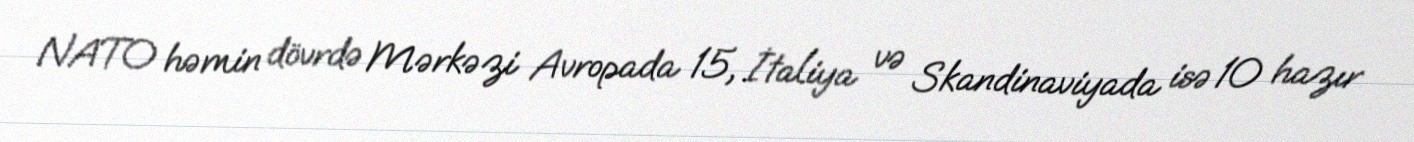
NATO həmin dövrdə Mərkəzi Avropada 15, İtaliya və Skandinaviyada isə 10 hazır